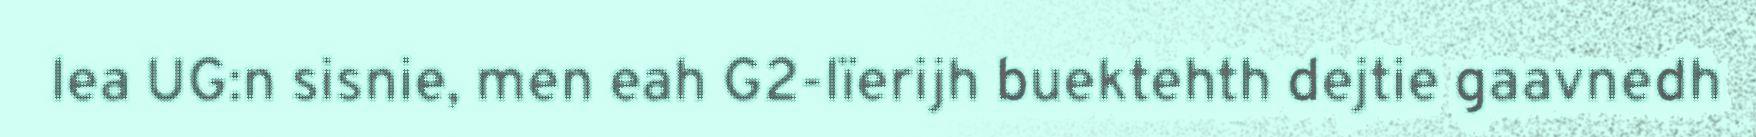
lea UG:n sisnie, men eah G2-lïerijh buektehth dejtie gaavnedh